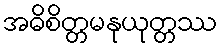
အဓိစိတ္တမနုယုတ္တဿ